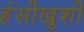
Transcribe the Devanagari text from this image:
हंसीखुशी